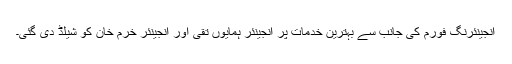
انجینئرنگ فورم کی جانب سے بہترین خدمات پر انجینئر ہمایوں تقی اور انجینئر خرم خان کو شیلڈ دی گئی۔